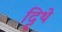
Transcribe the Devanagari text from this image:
दिॄथे